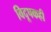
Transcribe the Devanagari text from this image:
विदूषकही